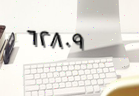
٦٢٨٠٩